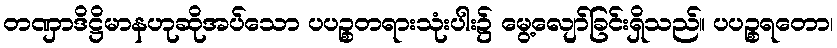
တဏှာဒိဋ္ဌိမာနဟုဆိုအပ်သော ပပဉ္စတရားသုံးပါး၌ မွေ့လျော်ခြင်းရှိသည်။ ပပဉ္စရတော၊